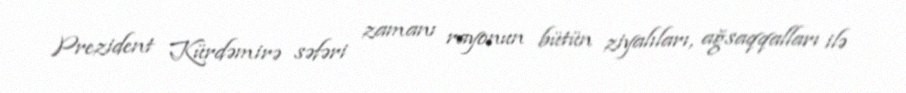
Prezident Kürdəmirə səfəri zamanı rayonun bütün ziyalıları, ağsaqqalları ilə